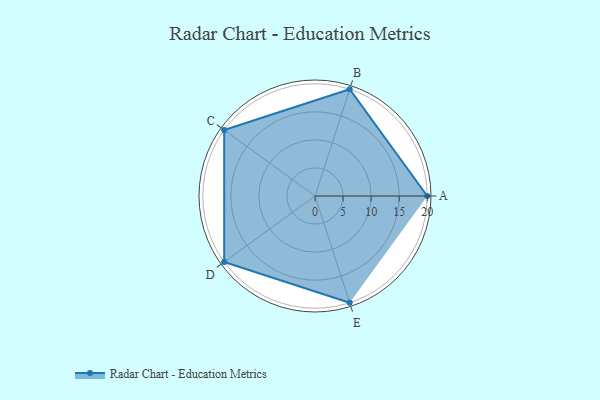
{"axis": {"x": "Skill", "y": "Score"}, "legend": ["Profile"], "data": [{"x": "A", "y": 20.0, "type": "Profile"}, {"x": "B", "y": 20, "type": "Profile"}, {"x": "C", "y": 20, "type": "Profile"}, {"x": "D", "y": 20, "type": "Profile"}, {"x": "E", "y": 20, "type": "Profile"}]}